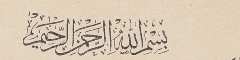
بسمِ الله الرحمن الرحيم